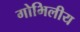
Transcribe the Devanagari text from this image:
गोभिलीय